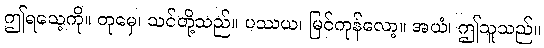
ဤရသေ့ကို။ တုမှေ၊ သင်တို့သည်။ ပဿယ၊ မြင်ကုန်လော့။ အယံ၊ ဤသူသည်။